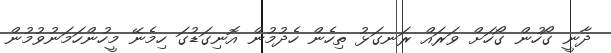
ދާނީ ގޯހުން ގޯހަށް ވަރައް ރަނގަޅު ތިހެން ހެދުމުން އޮނިގަޑުގަ ހިމެނޭ މީހުންހަމަނުވުމުން